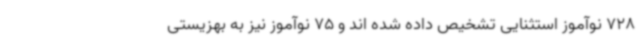
728 نوآموز استثنایی تشخیص داده شده اند و 75 نوآموز نیز به بهزیستی